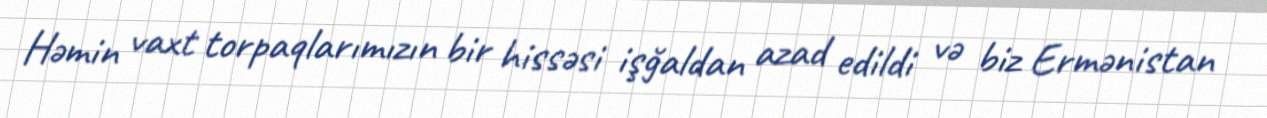
Həmin vaxt torpaqlarımızın bir hissəsi işğaldan azad edildi və biz Ermənistan